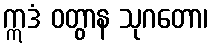
ဣဒံ ဝတွာန သုဂတော၊